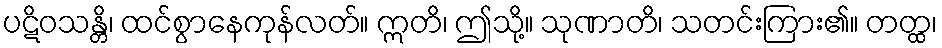
ပဋိဝသန္တိ၊ ထင်စွာနေကုန်လတ်။ ဣတိ၊ ဤသို့။ သုဏာတိ၊ သတင်းကြား၏။ တတ္ထ၊